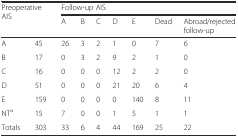
| <ROWSPAN=2-COLSPAN=2> Preoperative AIS | <COLSPAN=7> Follow-up AIS |
 | A | B | C | D | E | Dead | Abroad/rejected follow-up |
 | --- | --- | --- | --- | --- | --- | --- | --- | --- |
 | A | 45 | 26 | 3 | 2 | 1 | 0 | 7 | 6 |
 | B | 17 | 0 | 3 | 2 | 9 | 2 | 1 | 0 |
 | C | 16 | 0 | 0 | 0 | 12 | 2 | 2 | 0 |
 | D | 51 | 0 | 0 | 0 | 21 | 20 | 6 | 4 |
 | E | 159 | 0 | 0 | 0 | 0 | 140 | 8 | 11 |
 | NTa | 15 | 7 | 0 | 0 | 1 | 5 | 1 | 1 |
 | Totals | 303 | 33 | 6 | 4 | 44 | 169 | 25 | 22 |